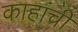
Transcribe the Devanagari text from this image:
काहांची